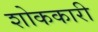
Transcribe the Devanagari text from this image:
शोककारी